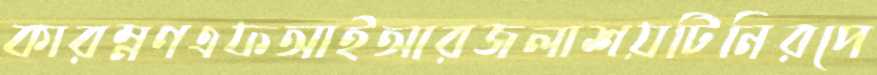
কারম্নণএফআইআরজলাশয়টিনিরপে